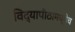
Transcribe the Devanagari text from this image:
विद्यापीठामध्येच